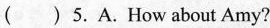
( )5. A.How about Amy?